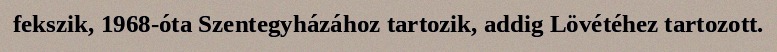
fekszik, 1968-óta Szentegyházához tartozik, addig Lövétéhez tartozott.